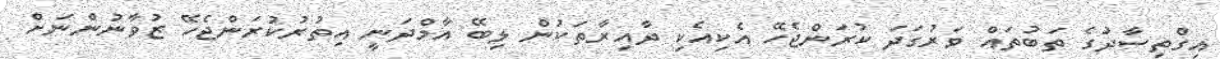
އިގްތިސާދުގެ ތަބުތައް ވަރުގަދަ ކުރަންޖެހޭ އެކިއެކި ދާއިރާތަކުން ލިބޭ އާމްދަނީ އިތުރުކުރަންޖެހޭ ޒުވާނުންނަށް